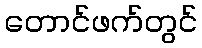
တောင်ဖက်တွင်